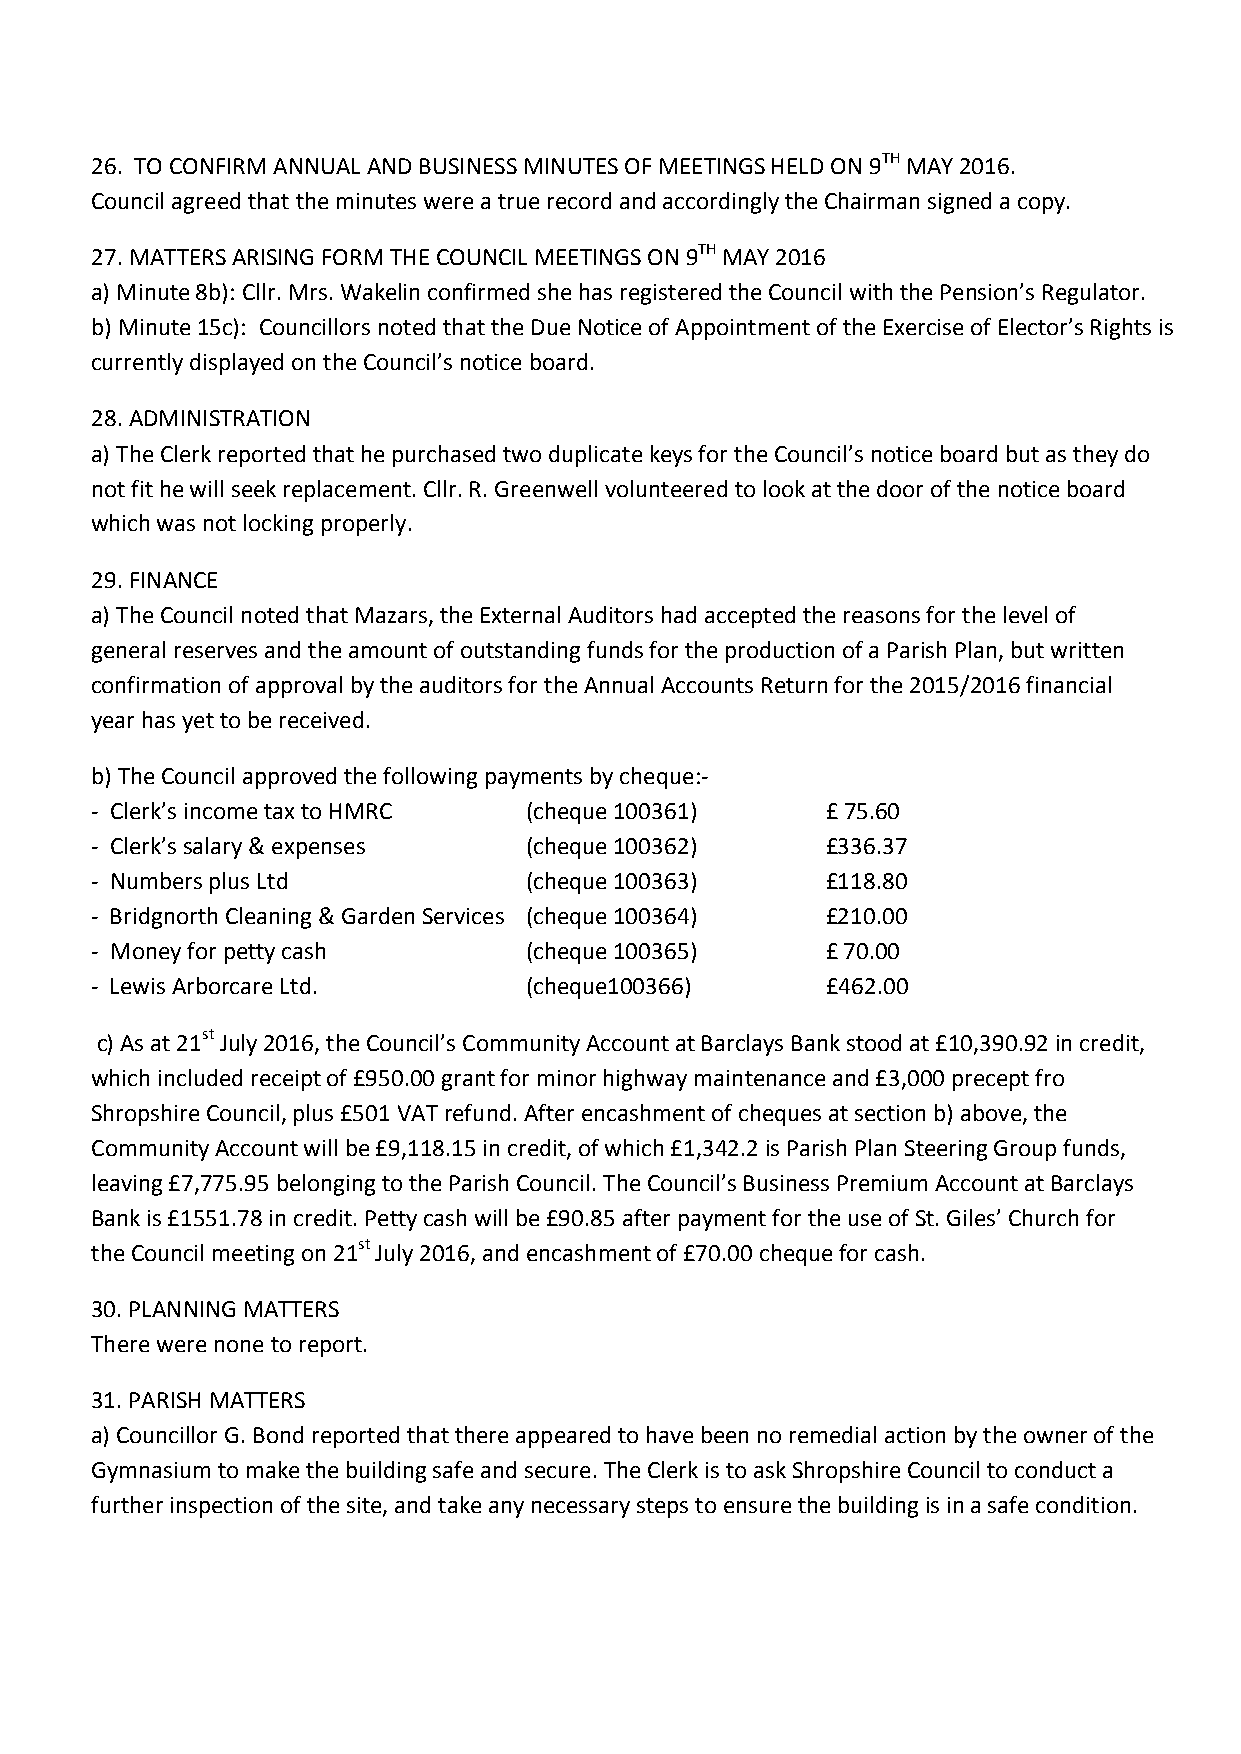
26. TO CONFIRM ANNUAL AND BUSINESS MINUTES OF MEETINGS HELD ON 9TH MAY 2016.
 Council agreed that the minutes were a true record and accordingly the Chairman signed a copy.
 27. MATTERS ARISING FORM THE COUNCIL MEETINGS ON 9TH MAY 2016
 a) Minute 8b): Cllr. Mrs. Wakelin confirmed she has registered the Council with the Pension’s Regulator.
 b) Minute 15c): Councillors noted that the Due Notice of Appointment of the Exercise of Elector’s Rights is
 currently displayed on the Council’s notice board.
 28. ADMINISTRATION
 a) The Clerk reported that he purchased two duplicate keys for the Council’s notice board but as they do
 not fit he will seek replacement. Cllr. R. Greenwell volunteered to look at the door of the notice board
 which was not locking properly.
 29. FINANCE
 a) The Council noted that Mazars, the External Auditors had accepted the reasons for the level of
 general reserves and the amount of outstanding funds for the production of a Parish Plan, but written
 confirmation of approval by the auditors for the Annual Accounts Return for the 2015/2016 financial
 year has yet to be received.
 b) The Council approved the following payments by cheque:-­‐
 -­‐ Clerk’s income tax to HMRC (cheque 100361)   £ 75.60
 -­‐ Clerk’s salary & expenses (cheque 100362)    £336.37
 -­‐ Numbers plus Ltd         (cheque 100363)     £118.80
 -­‐ Bridgnorth Cleaning & Garden Services (cheque 100364) £210.00
 -­‐ Money for petty cash     (cheque 100365)     £ 70.00
 -­‐ Lewis Arborcare Ltd.     (cheque100366)      £462.00
 c) As at 21st July 2016, the Council’s Community Account at Barclays Bank stood at £10,390.92 in credit,
 which included receipt of £950.00 grant for minor highway maintenance and £3,000 precept fro
 Shropshire Council, plus £501 VAT refund. After encashment of cheques at section b) above, the
 Community Account will be £9,118.15 in credit, of which £1,342.2 is Parish Plan Steering Group funds,
 leaving £7,775.95 belonging to the Parish Council. The Council’s Business Premium Account at Barclays
 Bank is £1551.78 in credit. Petty cash will be £90.85 after payment for the use of St. Giles’ Church for
 the Council meeting on 21st July 2016, and encashment of £70.00 cheque for cash.
 30. PLANNING MATTERS
 There were none to report.
 31. PARISH MATTERS
 a) Councillor G. Bond reported that there appeared to have been no remedial action by the owner of the
 Gymnasium to make the building safe and secure. The Clerk is to ask Shropshire Council to conduct a
 further inspection of the site, and take any necessary steps to ensure the building is in a safe condition.